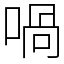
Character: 喎